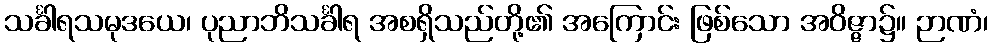
သင်္ခါရသမုဒယေ၊ ပုညာဘိသင်္ခါရ အစရှိသည်တို့၏ အကြောင်း ဖြစ်သော အဝိဇ္ဇာ၌။ ဉာဏံ၊